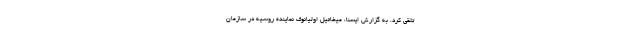
تلقی کرد. به گزارش ایسنا، میخائیل اولیانوف نماینده روسیه در سازمان